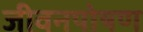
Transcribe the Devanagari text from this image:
जीवनपोषण